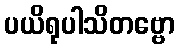
ပယိရုပါသိတဗ္ဗော